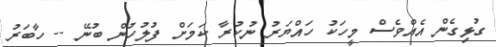
ގުޅިގެން އެއްވެސް މީހަކު ހައްޔަރު ނުކުރާ ކަމަށް ފުލުހުން ބުނޭ -- ހާބަރު